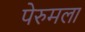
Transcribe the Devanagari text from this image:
पेरुमला